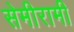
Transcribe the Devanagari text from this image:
सेमीरामी